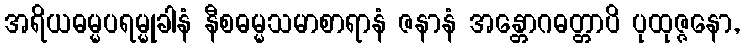
အရိယဓမ္မပရမ္မုခါနံ နီစဓမ္မသမာစာရာနံ ဇနာနံ အန္တောဂဓတ္တာပိ ပုထုဇ္ဇနော,